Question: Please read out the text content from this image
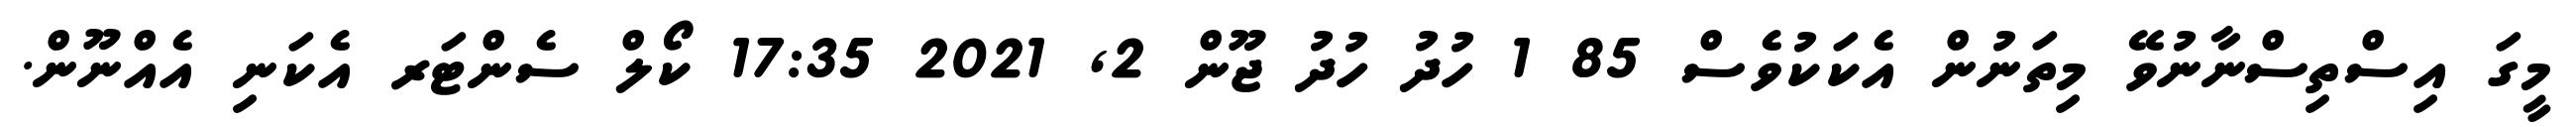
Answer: މީގަ އިސްތިސްނާނުވޭ މިތަނުން އެކަކުވެސް 85 1 ހުދު ހުދު ޖޫން 2, 2021 17:35 ކޯލް ސެންޓަރ އެކަނި އެއްނޫން.